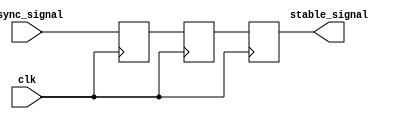
module metastability_filter #(
    parameter WIDTH = 1  // Width of the input signal
)(
    input  wire clk,              // Clock signal
    input  wire async_signal,      // Asynchronous input signal
    output reg  [WIDTH-1:0] stable_signal  // Synchronized output signal
);

    // Two-stage flip-flop registers
    reg  [WIDTH-1:0] sync_ff1; // First stage
    reg  [WIDTH-1:0] sync_ff2; // Second stage

    // Sequential logic for the dual-stage synchronizer
    always @(posedge clk) begin
        sync_ff1 <= async_signal; // Capture asynchronous signal
        sync_ff2 <= sync_ff1;      // Capture output of the first stage
    end

    // Output stable signal
    always @(posedge clk) begin
        stable_signal <= sync_ff2; // Output the second stage
    end

endmodule